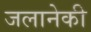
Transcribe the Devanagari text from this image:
जलानेकी